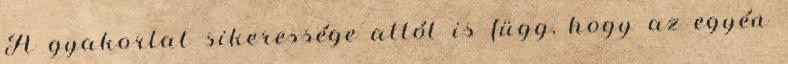
A gyakorlat sikeressége attól is függ, hogy az egyén